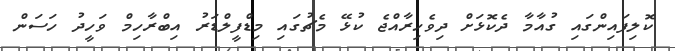
ކޮލިފައިންގައި ގުއާމާ ދެކޮޅަށް ދިވެހިރާއްޖެ ކުޅޭ މެޗުގައި މިޑްފީލްޑަރު އިބްރާހިމް ވަހީދު ހަސަން